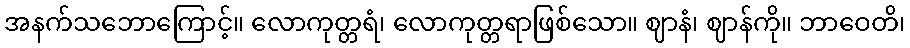
အနက်သဘောကြောင့်။ လောကုတ္တရံ၊ လောကုတ္တရာဖြစ်သော။ ဈာနံ၊ ဈာန်ကို။ ဘာဝေတိ၊